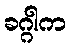
ခဂ္ဂါက